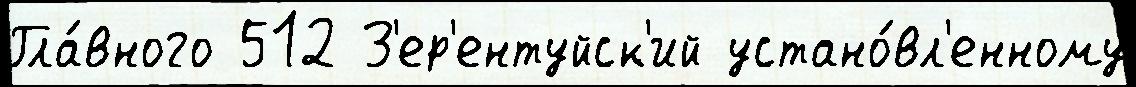
Гла́вного 512 З'ер'ентуйск'ий устано́вл'енному